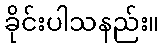
ခိုင်းပါသနည်း။